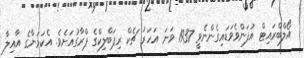
އޯލްބްރައިޓް އުފަންވެވަޑައިގެންނެވީ 1937 ވަނަ އަހަރު ޗެކް ރިޕަބްލިކްގެ ޕްރާގުއަށެވެ. އެކަމަނާގެ އާއިލާ